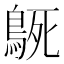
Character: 𮬳